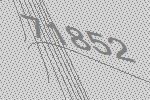
71852